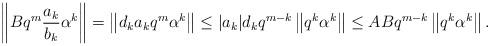
LaTeX: \begin{align*} \left\Vert Bq^{m}\frac{a_{k}}{b_{k}}\alpha^{k}\right\Vert=\left\Vert d_{k}a_{k}q^{m}\alpha^{k}\right\Vert \leq \vert a_{k}\vert d_{k}q^{m-k}\left\Vert q^{k}\alpha^{k}\right\Vert\leq ABq^{m-k}\left\Vert q^{k}\alpha^{k}\right\Vert.\end{align*}